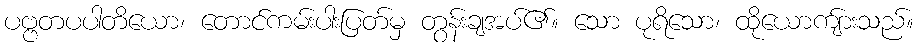
ပဗ္ဗတပပါတိယော၊ တောင်ကမ်းပါးပြတ်မှ တွန်းချအပ်၏။ သော ပုရိသော၊ ထိုယောကျ်ားသည်။